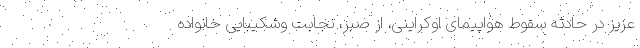
عزیز در حادثه سقوط هواپیمای اوکراینی، از صبر، نجابت وشکیبایی خانواده